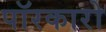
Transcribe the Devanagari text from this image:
पॉरकारो